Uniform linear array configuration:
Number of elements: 4
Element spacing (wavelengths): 0.75
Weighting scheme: hann
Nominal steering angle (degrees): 45
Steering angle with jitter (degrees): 45.738
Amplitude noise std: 0.05
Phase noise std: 0.05

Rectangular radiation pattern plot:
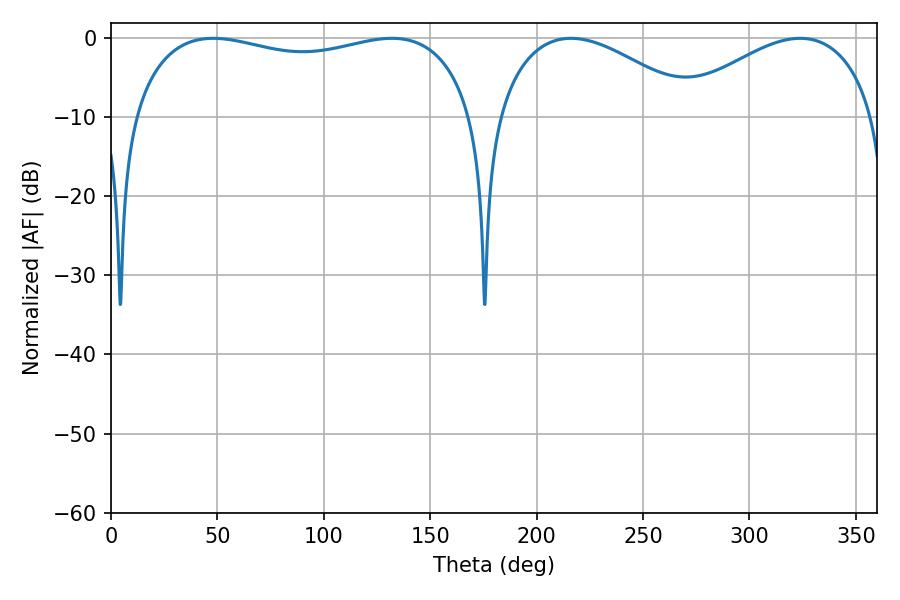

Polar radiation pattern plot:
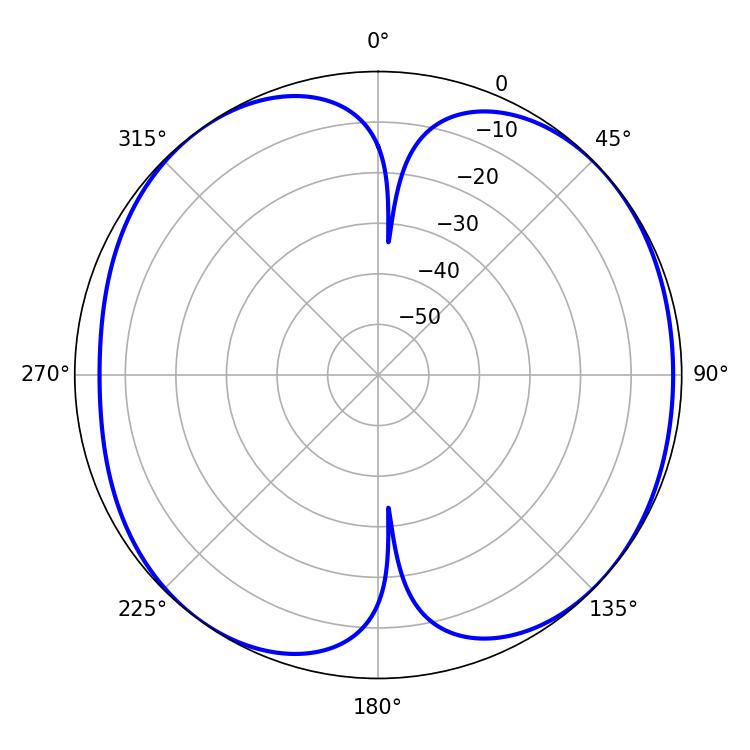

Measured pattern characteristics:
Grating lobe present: TRUE
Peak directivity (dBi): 8.058
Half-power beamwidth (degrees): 52.38
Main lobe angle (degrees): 216.18